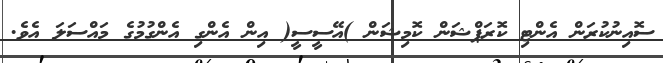
ސޮއިނުކުރަން އެންޓި ކޮރަޕްޝަން ކޮމިޝަން )އޭސީސީ( އިން އެންގި އެންގުމުގެ މައްސަލަ އެވެ.